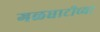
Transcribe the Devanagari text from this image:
गळघाटीच्या